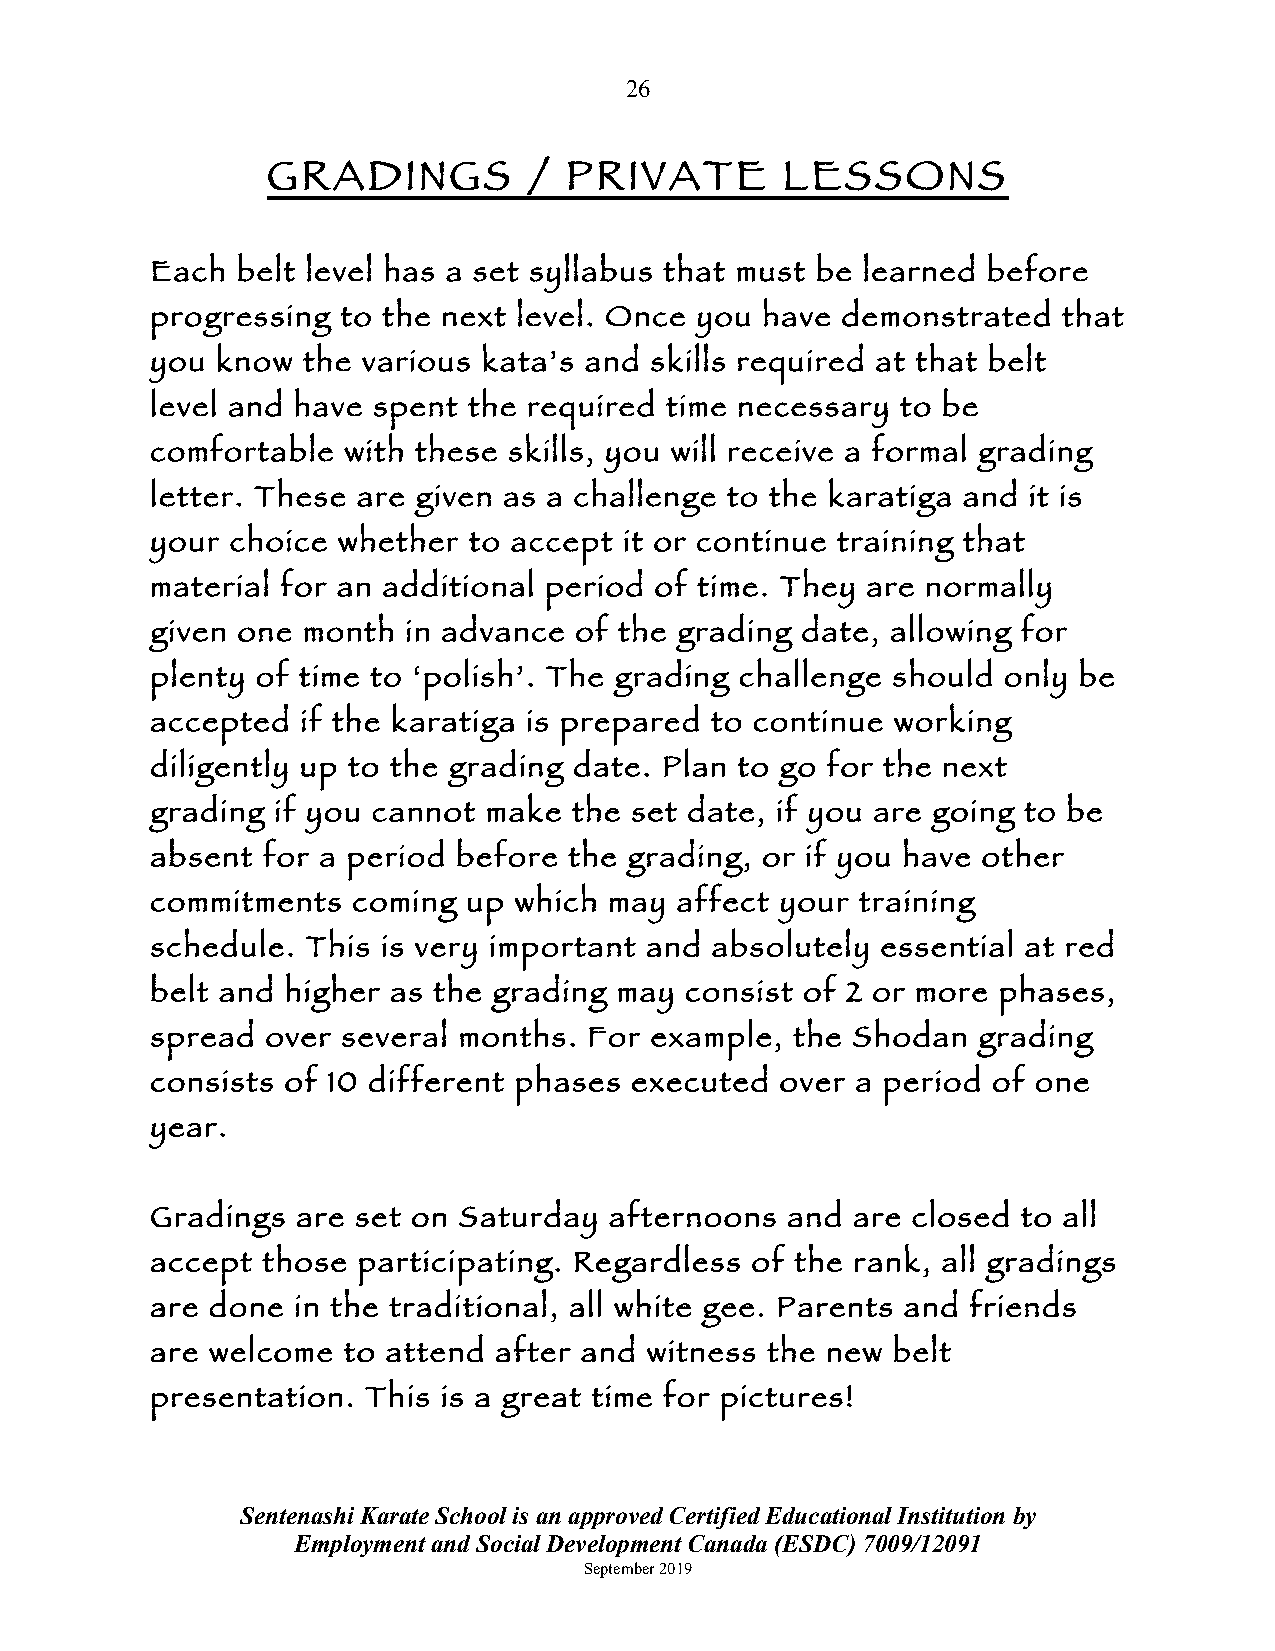
26
 GRADINGS         / PRIVATE        LESSONS
 Each  belt level has a set syllabus that must be learned before
 progressing  to the next level. Once you have demonstrated  that
 you know  the various kata’s and skills required at that belt
 level and have spent the required time necessary  to be
 comfortable  with these skills, you will receive a formal grading
 letter. These are given as a challenge to the karatiga and it is
 your choice whether  to accept it or continue training that
 material for an additional period of time. They are normally
 given one month  in advance of the grading date, allowing for
 plenty of time to ‘polish’. The grading challenge should only be
 accepted  if the karatiga is prepared to continue working
 diligently up to the grading date. Plan to go for the next
 grading if you cannot make  the set date, if you are going to be
 absent for a period before  the grading, or if you have other
 commitments  coming  up which may  affect your training
 schedule. This is very important and absolutely essential at red
 belt and higher as the grading may consist of 2 or more phases,
 spread  over several months. For example,  the Shodan  grading
 consists of 10 different phases executed  over a period of one
 year.
 Gradings  are set on Saturday afternoons  and  are closed to all
 accept those  participating. Regardless of the rank, all gradings
 are done  in the traditional, all white gee. Parents and friends
 are welcome  to attend after and witness the new belt
 presentation. This is a great time for pictures!
 Sentenashi Karate School is an approved Certified Educational Institution by
 Employment and Social Development Canada (ESDC) 7009/12091
 September 2019